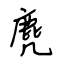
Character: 麂